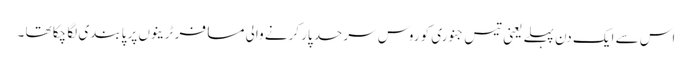
اس سے ایک دن پہلے یعنی تیس جنوری کو روس سرحد پار کرنے والی مسافر ٹرینوں پر پابندی لگا چکا تھا ۔